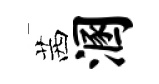
茜溷